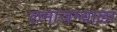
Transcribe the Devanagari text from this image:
लमाजम्याला